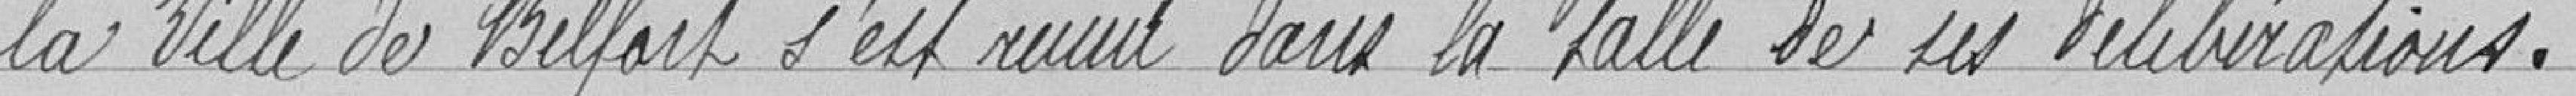
la Ville de Belfort s'est réuni dans la salle des délibérations.